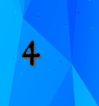
4